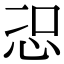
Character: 𭜦